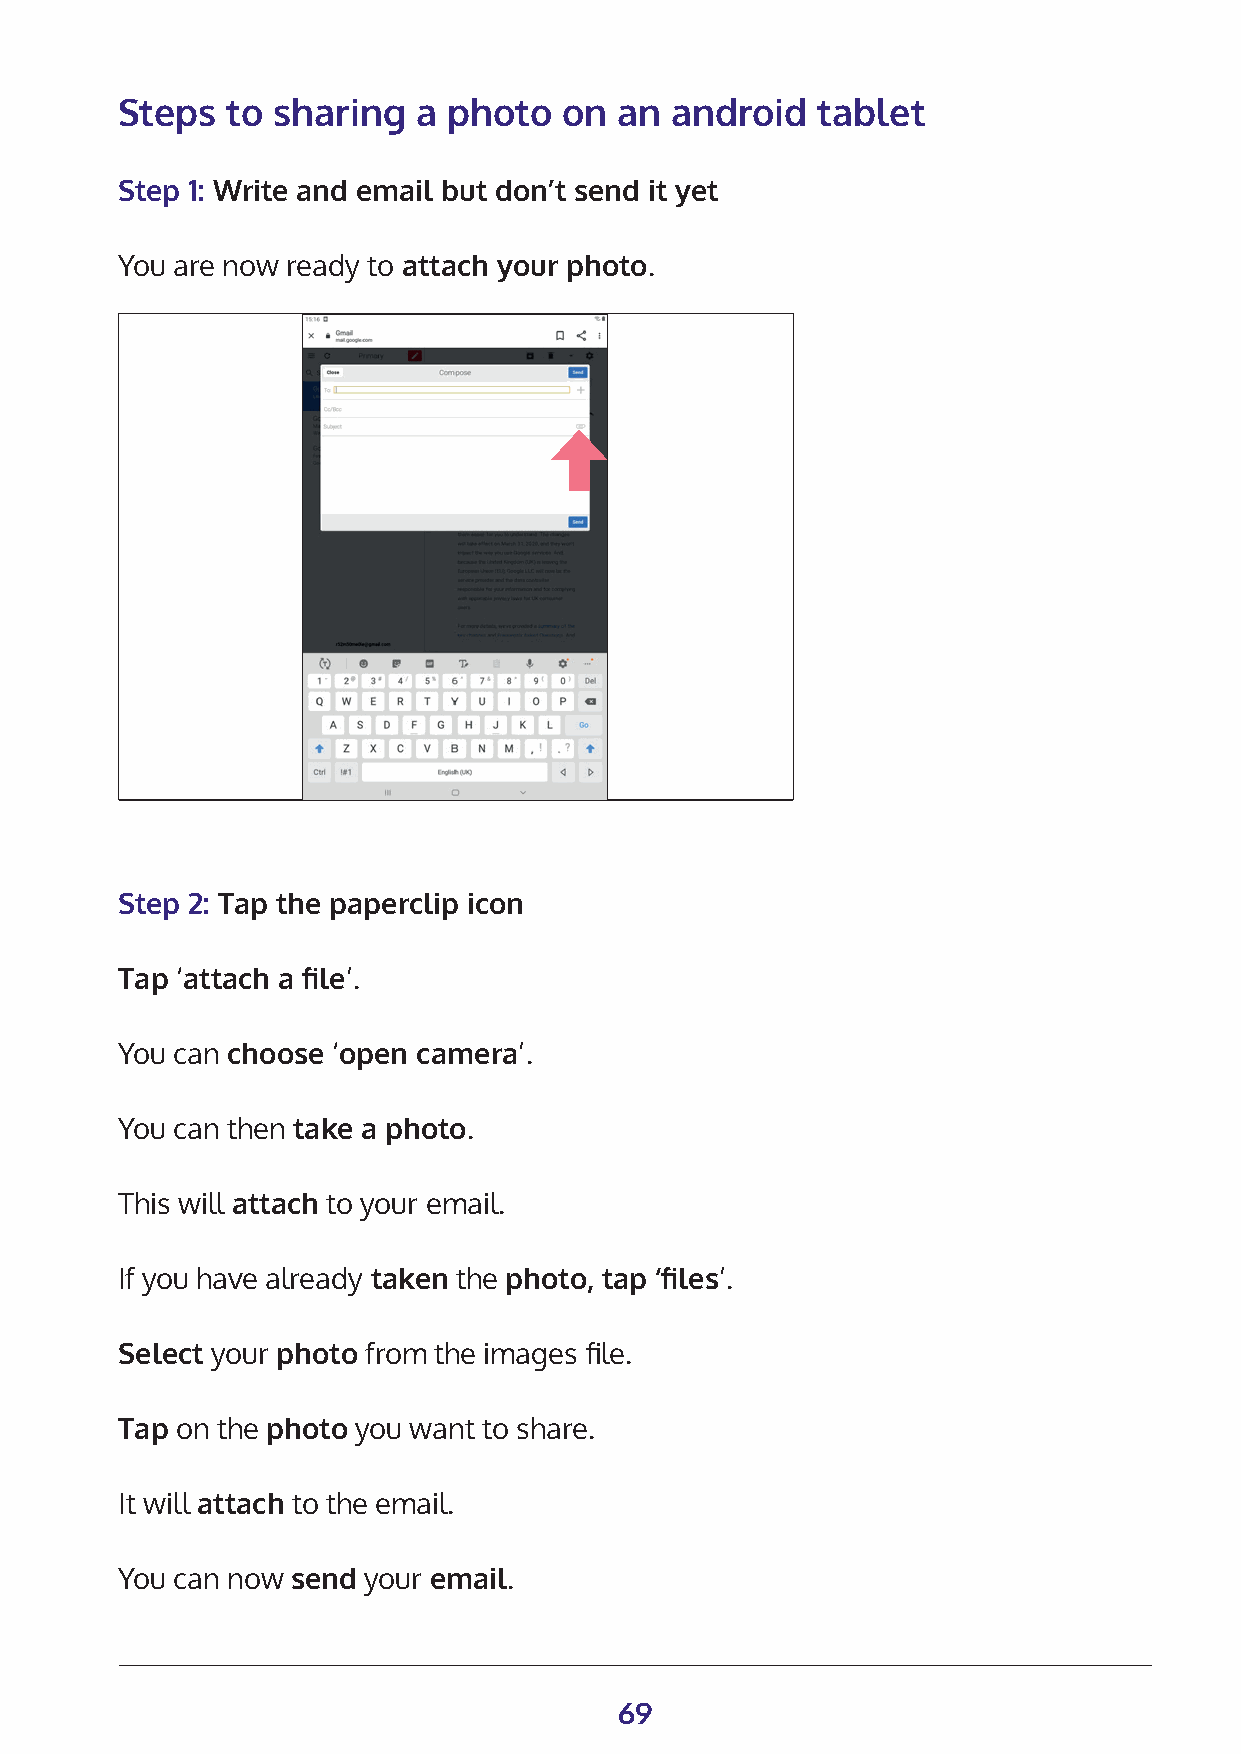
Steps  to sharing   a photo  on  an android   tablet
 Step 1: Write and email but don’t send it yet
 You are now ready to attach your photo.
 Step 2: Tap the paperclip icon
 Tap ‘attach a file’.
 You can choose ‘open camera’.
 You can then take a photo.
 This will attach to your email.
 If you have already taken the photo, tap ‘files’.
 Select your photo from the images file.
 Tap on the photo you want to share.
 It will attach to the email.
 You can now send your email.
 69